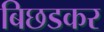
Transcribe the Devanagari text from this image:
बिछडकर